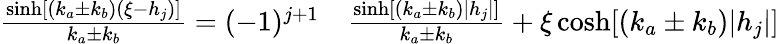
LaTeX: \begin{array}{rl}{\frac{\sinh[(k_{a}\pm k_{b})(\xi-h_{j})]}{k_{a}\pm k_{b}}=(-1)^{j+1}}&{{}\frac{\sinh[(k_{a}\pm k_{b})|h_{j}|]}{k_{a}\pm k_{b}}+\xi\cosh[(k_{a}\pm k_{b})|h_{j}|]}\end{array}